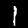
Digit: 1